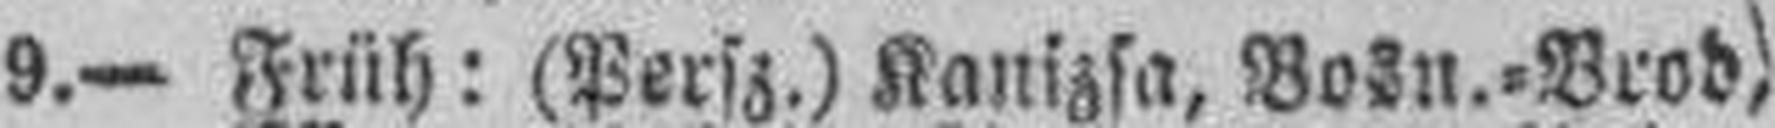
9.— Früh: (Persz.) Kanizsa, Bosn.=Brod,